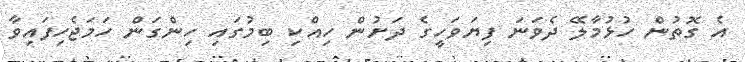
އެ ގޮތުން ހުޅުމާލޭ ދެވަނަ ފިޔަވަހީގެ ދަށުން ހިއްކި ބިމުގައި ހިންގަން ހަމަޖެހިފައިވާ